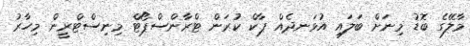
މާލޭގެ ބޮޑު މިނަށް ބަލައި އުޅަނދެއް ޕާކް ކުރަން ޓްރާންސްޕޯޓް މިނިސްޓްރީން މިހާރު